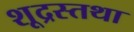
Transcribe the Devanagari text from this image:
शूद्रस्तथा